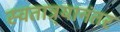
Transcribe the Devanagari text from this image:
स्वतात्र्यानंतर